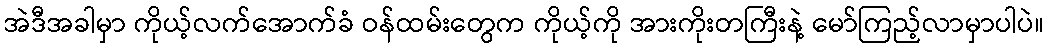
အဲဒီအခါမှာ ကိုယ့်လက်အောက်ခံ ဝန်ထမ်းတွေက ကိုယ့်ကို အားကိုးတကြီးနဲ့ မော်ကြည့်လာမှာပါပဲ။